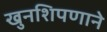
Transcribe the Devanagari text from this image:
खुनशिपणाने